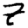
Digit: 7